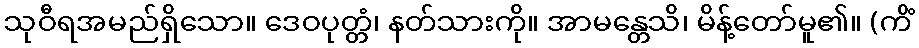
သုဝီရအမည်ရှိသော။ ဒေဝပုတ္တံ၊ နတ်သားကို။ အာမန္တေသိ၊ မိန့်တော်မူ၏။ (ကိံ